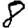
Digit: 8